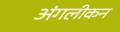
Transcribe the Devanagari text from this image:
अंगलीकन